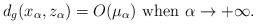
LaTeX: \begin{align*}d_g(x_\alpha, z_\alpha) = O(\mu_\alpha)\hbox{ when }\alpha\to +\infty.\end{align*}